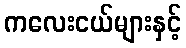
ကလေးငယ်များနှင့်